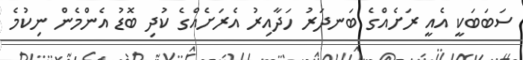
ސަބަބަކީ އެއީ ރަށެއްްގެ ބަނދަރު ހަދާއިރު އެރަށެއްގެ ކުދި ބޮޑު އެންމެން ނިކުމެ